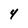
Character: 4